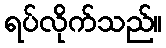
ရပ်လိုက်သည်။